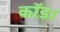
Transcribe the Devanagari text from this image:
कॉडा